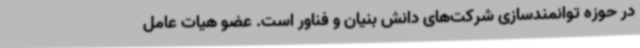
در حوزه توانمندسازی شرکت‌های دانش بنیان و فناور است. عضو هیات عامل